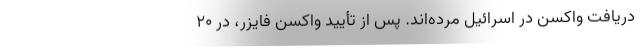
دریافت واکسن در اسرائیل مرده‌اند. پس از تأیید واکسن فایزر، در ۲۰